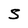
Character: S